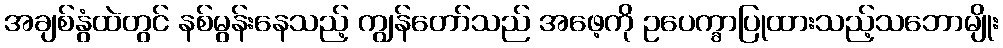
အချစ်နွံထဲတွင် နစ်မွန်းနေသည့် ကျွန်တော်သည် အဖေ့ကို ဥပေက္ခာပြုထားသည့်သဘောမျိုး